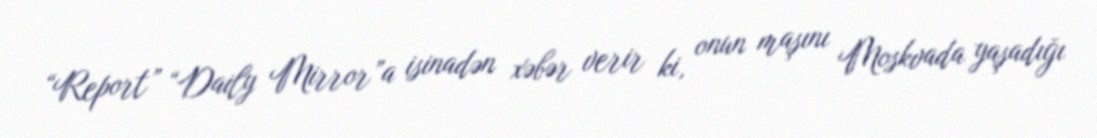
“Report” “Daily Mirror”a isinadən xəbər verir ki, onun maşını Moskvada yaşadığı